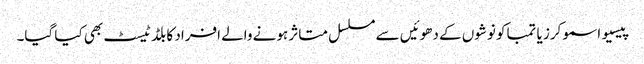
پیسیو اسموکرز یا تمباکو نوشوں کے دھوئیں سے مسلسل متاثر ہونے والے افراد کا بلڈ ٹیسٹ بھی کیا گیا۔